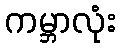
ကမ္ဘာလုံး